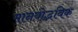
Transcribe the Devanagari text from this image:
मानवोद्भविक